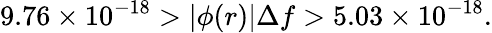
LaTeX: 9.76\times 10^{-18}>|\phi(r)|\Delta f>5.03\times 10^{-18}.